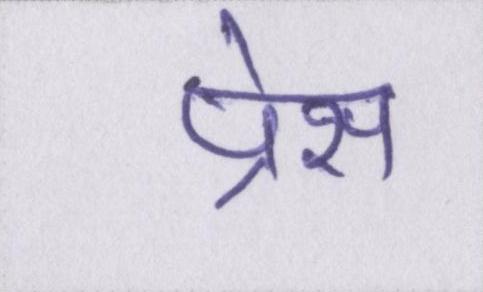
प्रैस